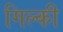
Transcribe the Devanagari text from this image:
गिल्की